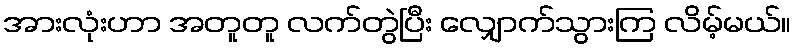
အားလုံးဟာ အတူတူ လက်တွဲပြီး လျှောက်သွားကြ လိမ့်မယ်။